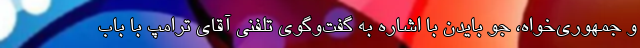
و جمهوری‌خواه، جو بایدن با اشاره به گفت‌وگوی تلفنی آقای ترامپ با باب